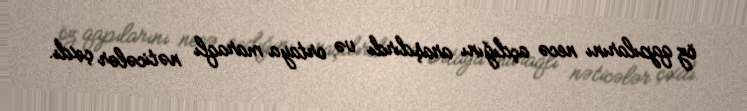
öz qapılarını necə açdığını araşdırdı və ortaya maraqlı nəticələr çıxdı.